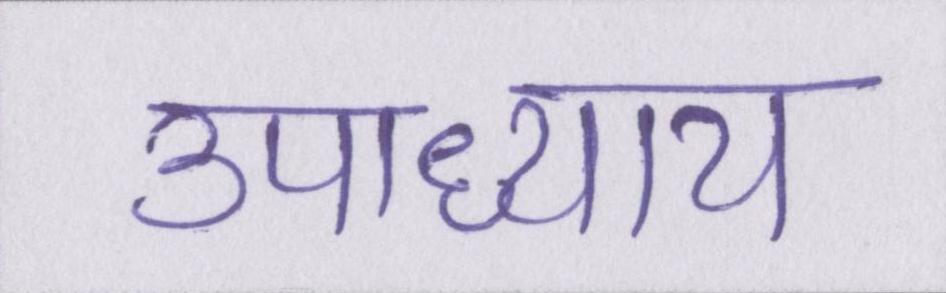
उपाध्याय